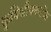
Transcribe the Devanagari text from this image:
कृषिजीवनातील